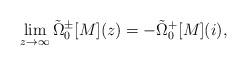
LaTeX: \begin{align*} \lim\limits_{z \rightarrow \infty} \tilde{\Omega}_{0}^{\pm}[M](z) = - \tilde{\Omega}_{0}^{+}[M](i),\end{align*}